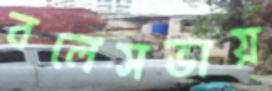
বলেসভায়